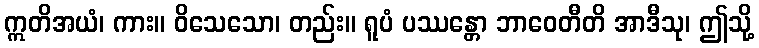
ဣတိအယံ၊ ကား။ ဝိသေသော၊ တည်း။ ရူပံ ပဿန္တော ဘာဝေတီတိ အာဒီသု၊ ဤသို့